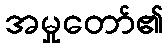
အမှုတော်၏